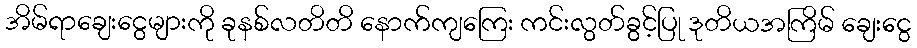
အိမ်ရာချေးငွေများကို ခုနစ်လတိတိ နောက်ကျကြေး ကင်းလွတ်ခွင့်ပြု ဒုတိယအကြိမ် ချေးငွေ